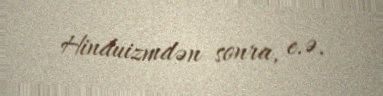
Hinduizmdən sonra, e.ə.